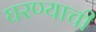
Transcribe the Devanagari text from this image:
घरण्याची